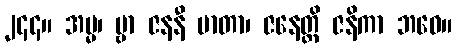
၂၄၄။ အမ္မ၊ မ္ဗာ ဇနနီ မာတာ၊ ဇနေတ္တိ ဇနိကာ ဘဝေ။